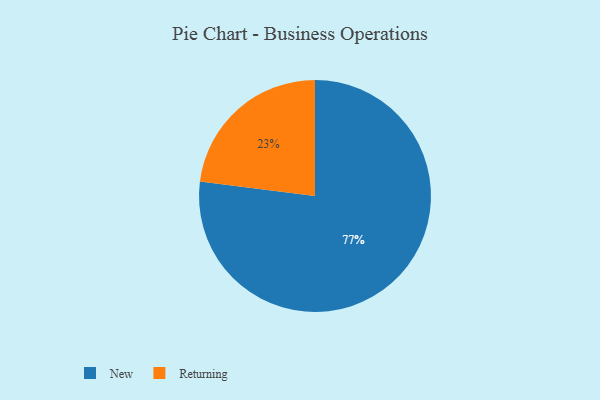
{"axis": {"x": "Category", "y": "Percentage"}, "legend": ["New", "Returning"], "data": [{"x": "Returning", "y": 23, "type": "Returning"}, {"x": "New", "y": 77, "type": "New"}]}